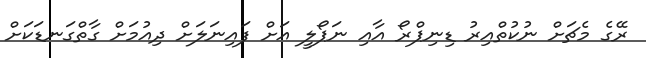
ރޭގެ މެޗަށް ނުކުތްއިރު ޑިނިޕްރޯ އާއި ނަޕޯލީ އަށް ފައިނަލަށް ދިއުމަށް ގާތްގަނޑަކަށް